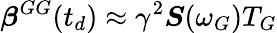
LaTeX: \boldsymbol{\beta}^{GG}(t_{d})\approx\gamma^{2}\boldsymbol{S}(\omega_{G})T_{G}